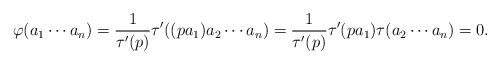
LaTeX: \begin{align*}\varphi(a_1\cdots a_n)=\frac{1}{\tau'(p)}\tau'((p a_1) a_2\cdots a_n ) =\frac{1}{\tau'(p)}\tau'(pa_1)\tau(a_2\cdots a_n) =0.\end{align*}